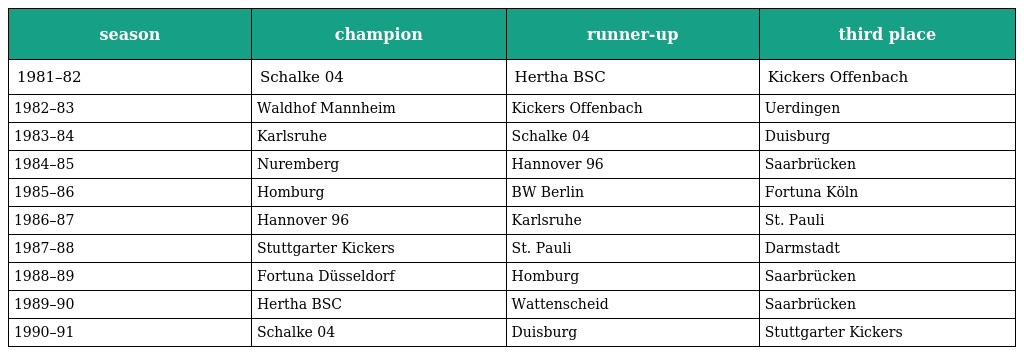
| season | champion | runner-up | third place |
 | --- | --- | --- | --- |
 | 1981–82 | Schalke 04 | Hertha BSC | Kickers Offenbach |
 | 1982–83 | Waldhof Mannheim | Kickers Offenbach | Uerdingen |
 | 1983–84 | Karlsruhe | Schalke 04 | Duisburg |
 | 1984–85 | Nuremberg | Hannover 96 | Saarbrücken |
 | 1985–86 | Homburg | BW Berlin | Fortuna Köln |
 | 1986–87 | Hannover 96 | Karlsruhe | St. Pauli |
 | 1987–88 | Stuttgarter Kickers | St. Pauli | Darmstadt |
 | 1988–89 | Fortuna Düsseldorf | Homburg | Saarbrücken |
 | 1989–90 | Hertha BSC | Wattenscheid | Saarbrücken |
 | 1990–91 | Schalke 04 | Duisburg | Stuttgarter Kickers |